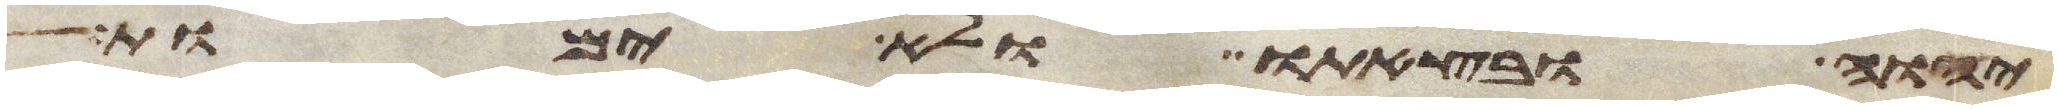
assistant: יהוה ובצאתו ולא ימות